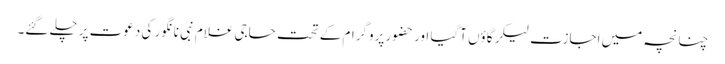
چنانچہ میں اجازت لیکر گاؤں آگیا اور حضور پروگرام کے تحت حاجی غلام نبی نانگور کی دعوت پر چلے گئے۔